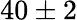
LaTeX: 40\pm 2